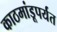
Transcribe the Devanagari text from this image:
काठमांडूपर्यंत